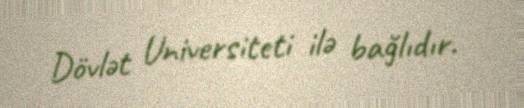
Dövlət Universiteti ilə bağlıdır.